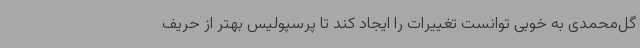
گل‌محمدی به خوبی توانست تغییرات را ایجاد کند تا پرسپولیس بهتر از حریف